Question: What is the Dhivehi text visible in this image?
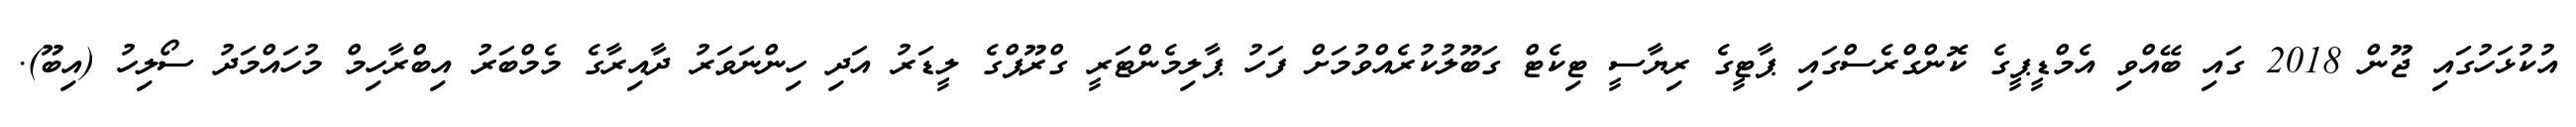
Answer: އުކުޅަހުގައި ޖޫން 2018 ގައި ބޭއްވި އެމްޑީޕީގެ ކޮންގްރެސްގައި ޕާޓީގެ ރިޔާސީ ޓިކެޓް ގަބޫލުކުރެއްވުމަށް ފަހު ޕާލިމެންޓަރީ ގްރޫޕްގެ ލީޑަރު އަދި ހިންނަވަރު ދާއިރާގެ މެމްބަރު އިބްރާހިމް މުހައްމަދު ސޯލިހު (އިބޫ).